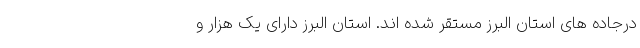
درجاده های استان البرز مستقر شده اند. استان البرز دارای یک هزار و